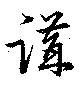
講